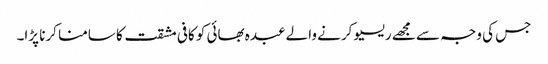
جس کی وجہ سے مجھے ریسیو کرنے والے عبدہ بھائی کو کافی مشقت کا سامنا کرنا پڑا۔